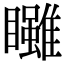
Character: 𥍃